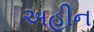
અહીન